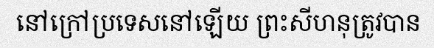
នៅក្រៅប្រទេសនៅឡើយ ព្រះសីហនុត្រូវបាន